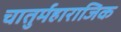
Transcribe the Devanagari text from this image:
चातुर्महाराजिक